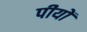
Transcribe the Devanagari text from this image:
पीयों